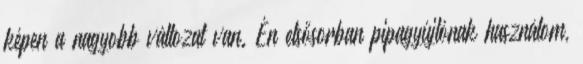
képen a nagyobb változat van. Én elsősorban pipagyújtónak használom,